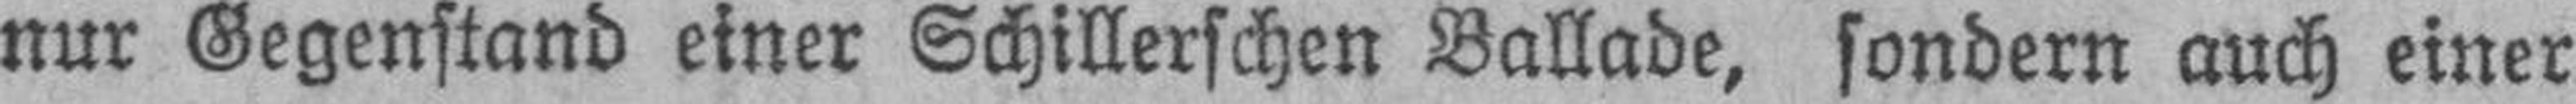
nur Gegenstand einer Schillerschen Ballade, sondern auch einer